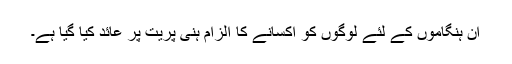
ان ہنگاموں کے لئے لوگوں کو اکسانے کا الزام ہنی پریت پر عائد کیا گیا ہے۔